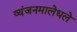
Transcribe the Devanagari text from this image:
व्यंजनमालेधले